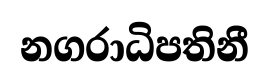
නගරාධිපතිනී